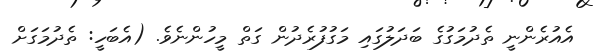
އެއުރެންނީ ތެދުމަގުގެ ބަދަލުގައި މަގުފުރެދުން ގަތް މީހުންނެވެ. (އެބަހީ: ތެދުމަގަށް